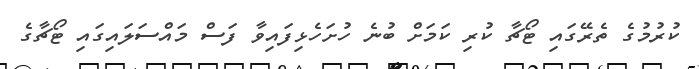
ކުރުމުގެ ތެރޭގައި ޓޯޗާ ކުރި ކަމަށް ބުނެ ހުށަހެޅިފައިވާ ފަސް މައްސަލައިގައި ޓޯޗާގެ